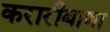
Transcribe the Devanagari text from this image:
करारीबाणा